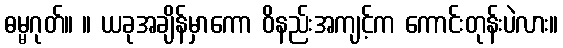
ဓမ္မဂုတ်။ ။ ယခုအချိန်မှာကော ဝိနည်းအကျင့်က ကောင်းတုန်းပဲလား။